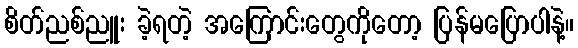
စိတ်ညစ်ညူး ခဲ့ရတဲ့ အကြောင်းတွေကိုတော့ ပြန်မပြောပါနဲ့။